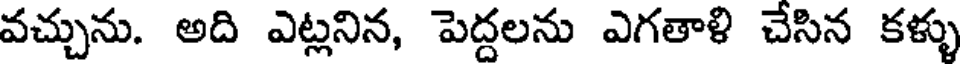
వచ్చును. అది ఎట్లనిన, పెద్దలను ఎగతాళి చేసిన కళ్ళు